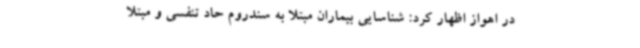
در اهواز اظهار کرد: شناسایی بیماران مبتلا به سندروم حاد تنفسی و مبتلا